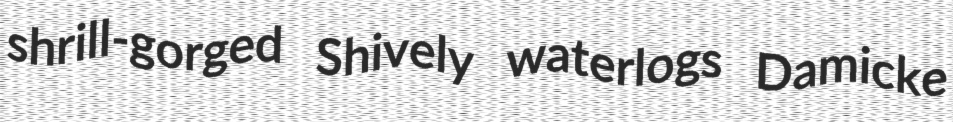
shrill-gorged Shively waterlogs Damicke